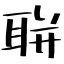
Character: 聠